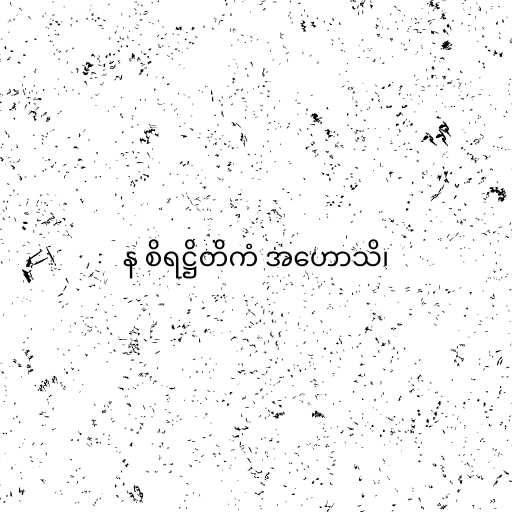
န စိရဋ္ဌိတိကံ အဟောသိ၊